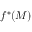
f ^ { * } ( M )